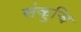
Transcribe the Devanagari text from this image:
संकुचि